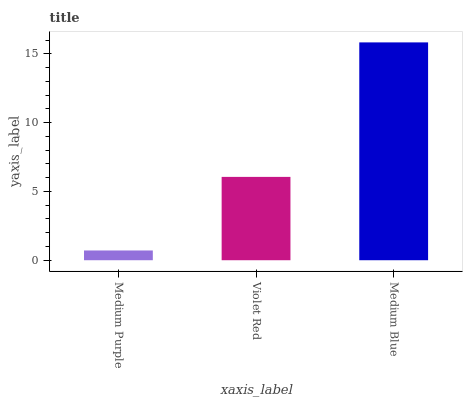
| xaxis_label | bars |
 | --- | --- |
 | Medium Purple | 0.71 |
 | Violet Red | 6.06 |
 | Medium Blue | 15.8 |